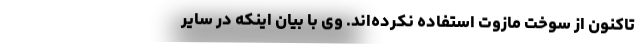
تاکنون از سوخت مازوت استفاده نکرده‌اند. وی با بیان اینکه در سایر